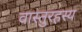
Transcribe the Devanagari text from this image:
वास्तुरहस्य